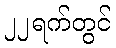
၂၂ရက်တွင်